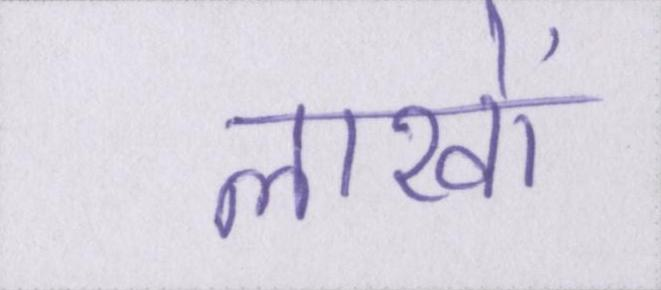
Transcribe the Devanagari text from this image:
लाखों